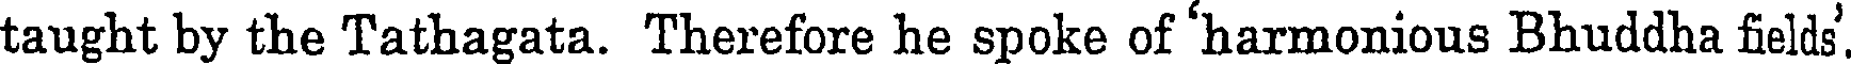
taught by the Tathagata. Therefore he spoke of 'harmonious Bhuddha fields'